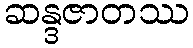
ဆန္ဒဇာတဿ